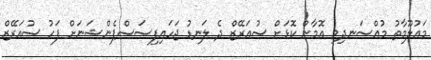
މައުލޫމާތު މުއްސަނދިވި އޮމާން ކޮޅަށް ސުއަރޭޒް ދެ ލަނޑު ޖަހައިފިސަސްޕެންޝަނަށް ފަހު ސުއަރޭޒް